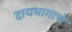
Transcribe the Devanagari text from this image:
दायभागाचे